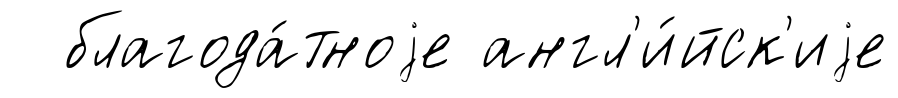
благода́тноjе англ'и́йск'иjе